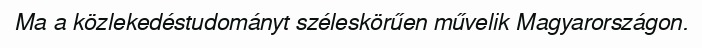
Ma a közlekedéstudományt széleskörűen művelik Magyarországon.